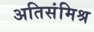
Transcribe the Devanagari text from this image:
अतिसंमिश्र